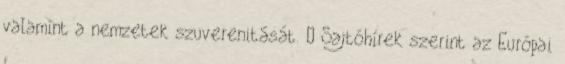
valamint a nemzetek szuverenitását. – Sajtóhírek szerint az Európai